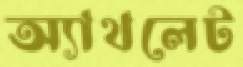
অ্যাথলেট